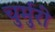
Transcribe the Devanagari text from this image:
चुर्मुरी